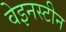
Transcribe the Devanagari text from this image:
वेइनस्टीन